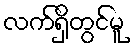
လက်ရှိတွင်မူ